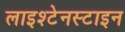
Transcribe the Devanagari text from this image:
लाइश्टेनस्टाइन